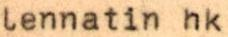
lennatin hk